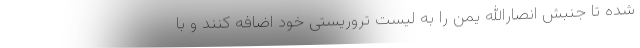
شده تا جنبش انصارالله یمن را به لیست تروریستی خود اضافه کنند و با